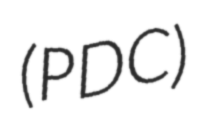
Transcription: (PDC)